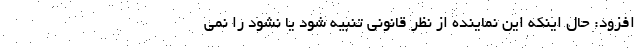
افزود: حال اینکه این نماینده از نظر قانونی تنبیه شود یا نشود را نمی